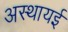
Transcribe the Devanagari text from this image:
अस्थायई